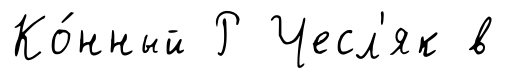
Ко́нный Р Чесл'як в